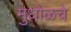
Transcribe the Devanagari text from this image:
मुधोळचे